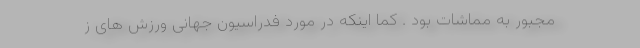
مجبور به مماشات بود . کما اینکه در مورد فدراسیون جهانی ورزش های ز